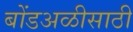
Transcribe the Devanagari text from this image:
बोंडअळीसाठी